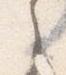
之